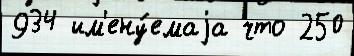
934 им'ену́емаjа что 250